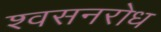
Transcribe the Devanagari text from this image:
श्वसनरोध